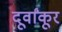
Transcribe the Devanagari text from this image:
दूर्वांकूर